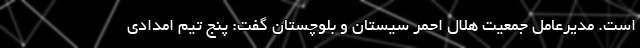
است. مدیرعامل جمعیت هلال احمر سیستان و بلوچستان‌ گفت: پنج تیم امدادی